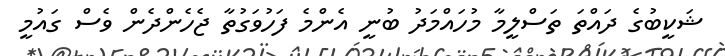
ޝަކީބުގެ ދައްތަ ތަސްލީމާ މުހައްމަދު ބުނީ އެންމެ ފަހުވަގުތާ ޖެހެންދެން ވެސް ގައުމީ